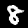
Label: 8